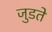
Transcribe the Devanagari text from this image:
जुडते